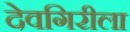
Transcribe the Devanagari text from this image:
देवगिरीला